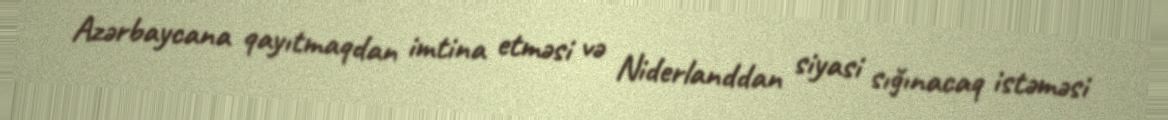
Azərbaycana qayıtmaqdan imtina etməsi və Niderlanddan siyasi sığınacaq istəməsi